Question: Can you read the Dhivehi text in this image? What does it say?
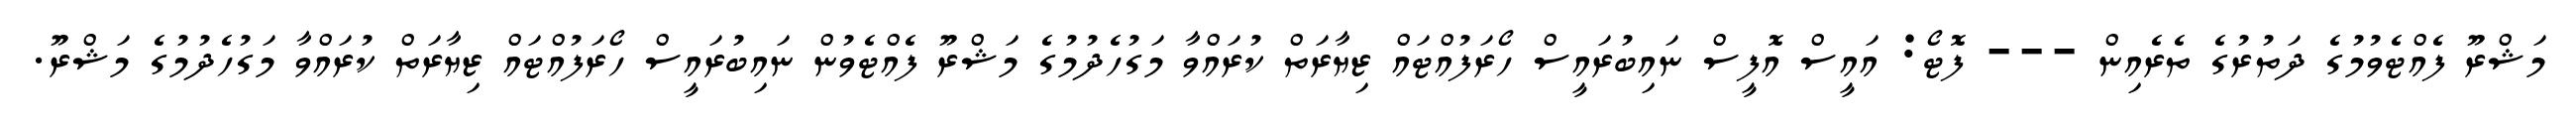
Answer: މަޝްރޫ ފެއްޓެވުމުގެ ދަތުރުގެ ތެރެއިން --- ފޮޓޯ: އައީސް އޮފީސް ނައިބުރައީސް ހޯރަފުއްޓައް ޒިޔާރަތް ކުރައްވާ މަގުހެދުމުގެ މަޝްރޫ ފެއްޓެވުން ނައިބުރައީސް ހޯރަފުއްޓައް ޒިޔާރަތް ކުރައްވާ މަގުހެދުމުގެ މަޝްރޫ.